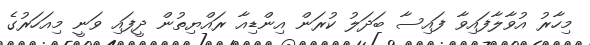
މިހާރު އުވާލާފައިވާ ފައިސާ ބަދަލު ކުރަން އިންޑިއާ ރައްޔިތުން ދީފައި ވަނީ މިއަހަރުގެ